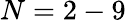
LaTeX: N=2-9